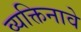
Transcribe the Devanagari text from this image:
व्यक्तिनावे